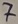
Text: 7